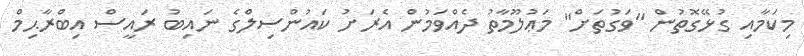
މިކަމާއި ގުޅޭގޮތުން "ވަގުތަށް" މަޢުލޫމާތު ދެއްވަމުން އެރަށު ކައުންސިލްގެ ނައިބު ރައީސް އިބްރާޙިމް